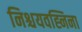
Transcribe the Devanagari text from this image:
निश्चयवह्निना